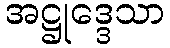
အဋ္ဌုဒ္ဒေသာ